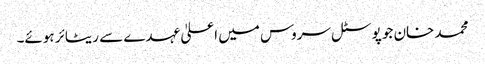
محمد خان جو پوسٹل سروس میں اعلیٰ عہدے سے ریٹائر ہوئے۔